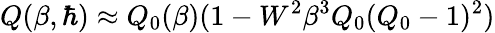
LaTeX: Q(\beta,\hbar)\approx Q_{0}(\beta)(1-W^{2}\beta^{3}Q_{0}(Q_{0}-1)^{2})